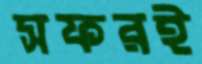
সফরই